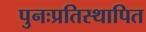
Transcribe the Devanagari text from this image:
पुनःप्रतिस्थापित